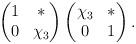
LaTeX: \begin{align*} \begin{pmatrix} 1 & * \\ 0 & \chi_3 \end{pmatrix} \begin{pmatrix} \chi_3 & * \\ 0 & 1 \end{pmatrix}.\end{align*}